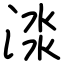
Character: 渁